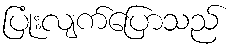
ပြုံးလျက်ပြောသည်